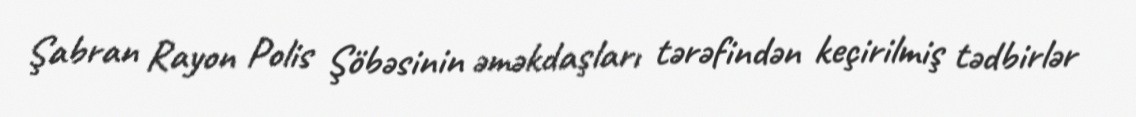
Şabran Rayon Polis Şöbəsinin əməkdaşları tərəfindən keçirilmiş tədbirlər